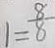
1 = \frac { 8 } { 8 }